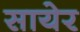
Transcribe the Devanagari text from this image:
सायेर